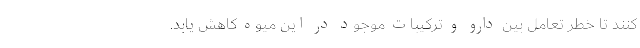
کنند تا خطر تعامل بین دارو و ترکیبات موجود در این میوه کاهش یابد.